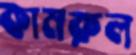
কামরুল